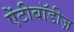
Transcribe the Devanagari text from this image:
ऐंटीबॉडीज़